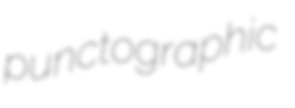
punctographic